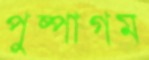
পুষ্পাগম